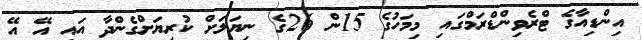
އިންޑިއާގެ ޓްރެވިންޑްރަމްގައި މިމަހުގެ 15ން 26ގެ ނިޔަލަށް ކުރިޔަށްގެންދާ އައި އޭ އޭ